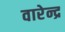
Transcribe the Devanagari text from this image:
वारेन्द्र